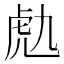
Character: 𧆟